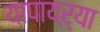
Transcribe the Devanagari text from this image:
यापायऱ्या